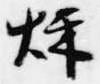
秋